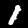
Digit: 1